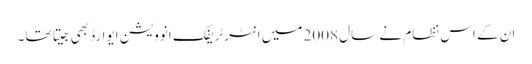
ان کے اس نظام نے سال 2008 میں انٹرٹریفک انوویشن ایوارڈ بھی جیتا تھا۔